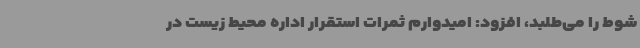
شوط را می‌طلبد، افزود: امیدوارم ثمرات استقرار اداره محیط‌ زیست در